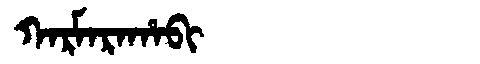
Manchu: ᡴᠠᡵᠮᠠᡵᠠᡥᠠᠪᡳ
Romanization: KARMARAHABI